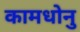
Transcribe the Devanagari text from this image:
कामधोनु